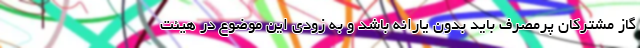
گاز مشترکان پرمصرف باید بدون یارانه باشد و به زودی این موضوع در هیئت